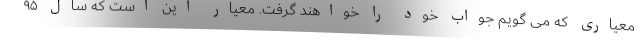
معیاری که می گویم جواب خود را خواهند گرفت. معیار این است که سال ۹۵